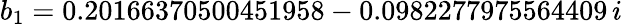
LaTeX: b_{1}=0.20166370500451958-0.0982277975564409\, i